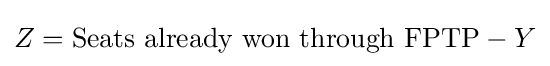
Z={\text{Seats already won through FPTP}}-Y